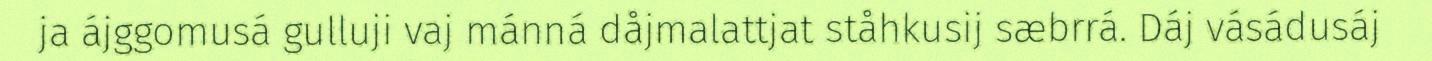
ja ájggomusá gulluji vaj mánná dåjmalattjat ståhkusij sæbrrá. Dáj vásádusáj